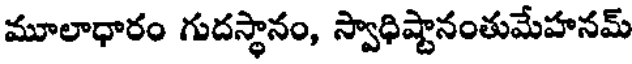
మూలాధారం గుదస్థానం, స్వాధిష్టానంతుమేహనమ్